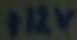
Text: +12V